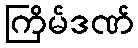
ကြိမ်ဒဏ်